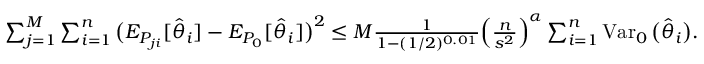
\begin{array} { r } { \sum _ { j = 1 } ^ { M } \sum _ { i = 1 } ^ { n } \big ( E _ { P _ { j i } } [ \widehat \theta _ { i } ] - E _ { P _ { 0 } } [ \widehat \theta _ { i } ] \big ) ^ { 2 } \leq M \frac { 1 } { 1 - ( 1 / 2 ) ^ { 0 . 0 1 } } \Big ( \frac n { s ^ { 2 } } \Big ) ^ { \alpha } \sum _ { i = 1 } ^ { n } \operatorname { V a r } _ { 0 } \big ( \widehat \theta _ { i } \big ) . } \end{array}